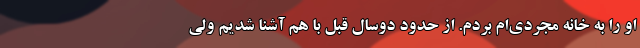
او را به خانه مجردی‌ام بردم. از حدود دوسال قبل با هم آشنا شدیم ولی